Leningradi_Edasi_toimetus, lk 115
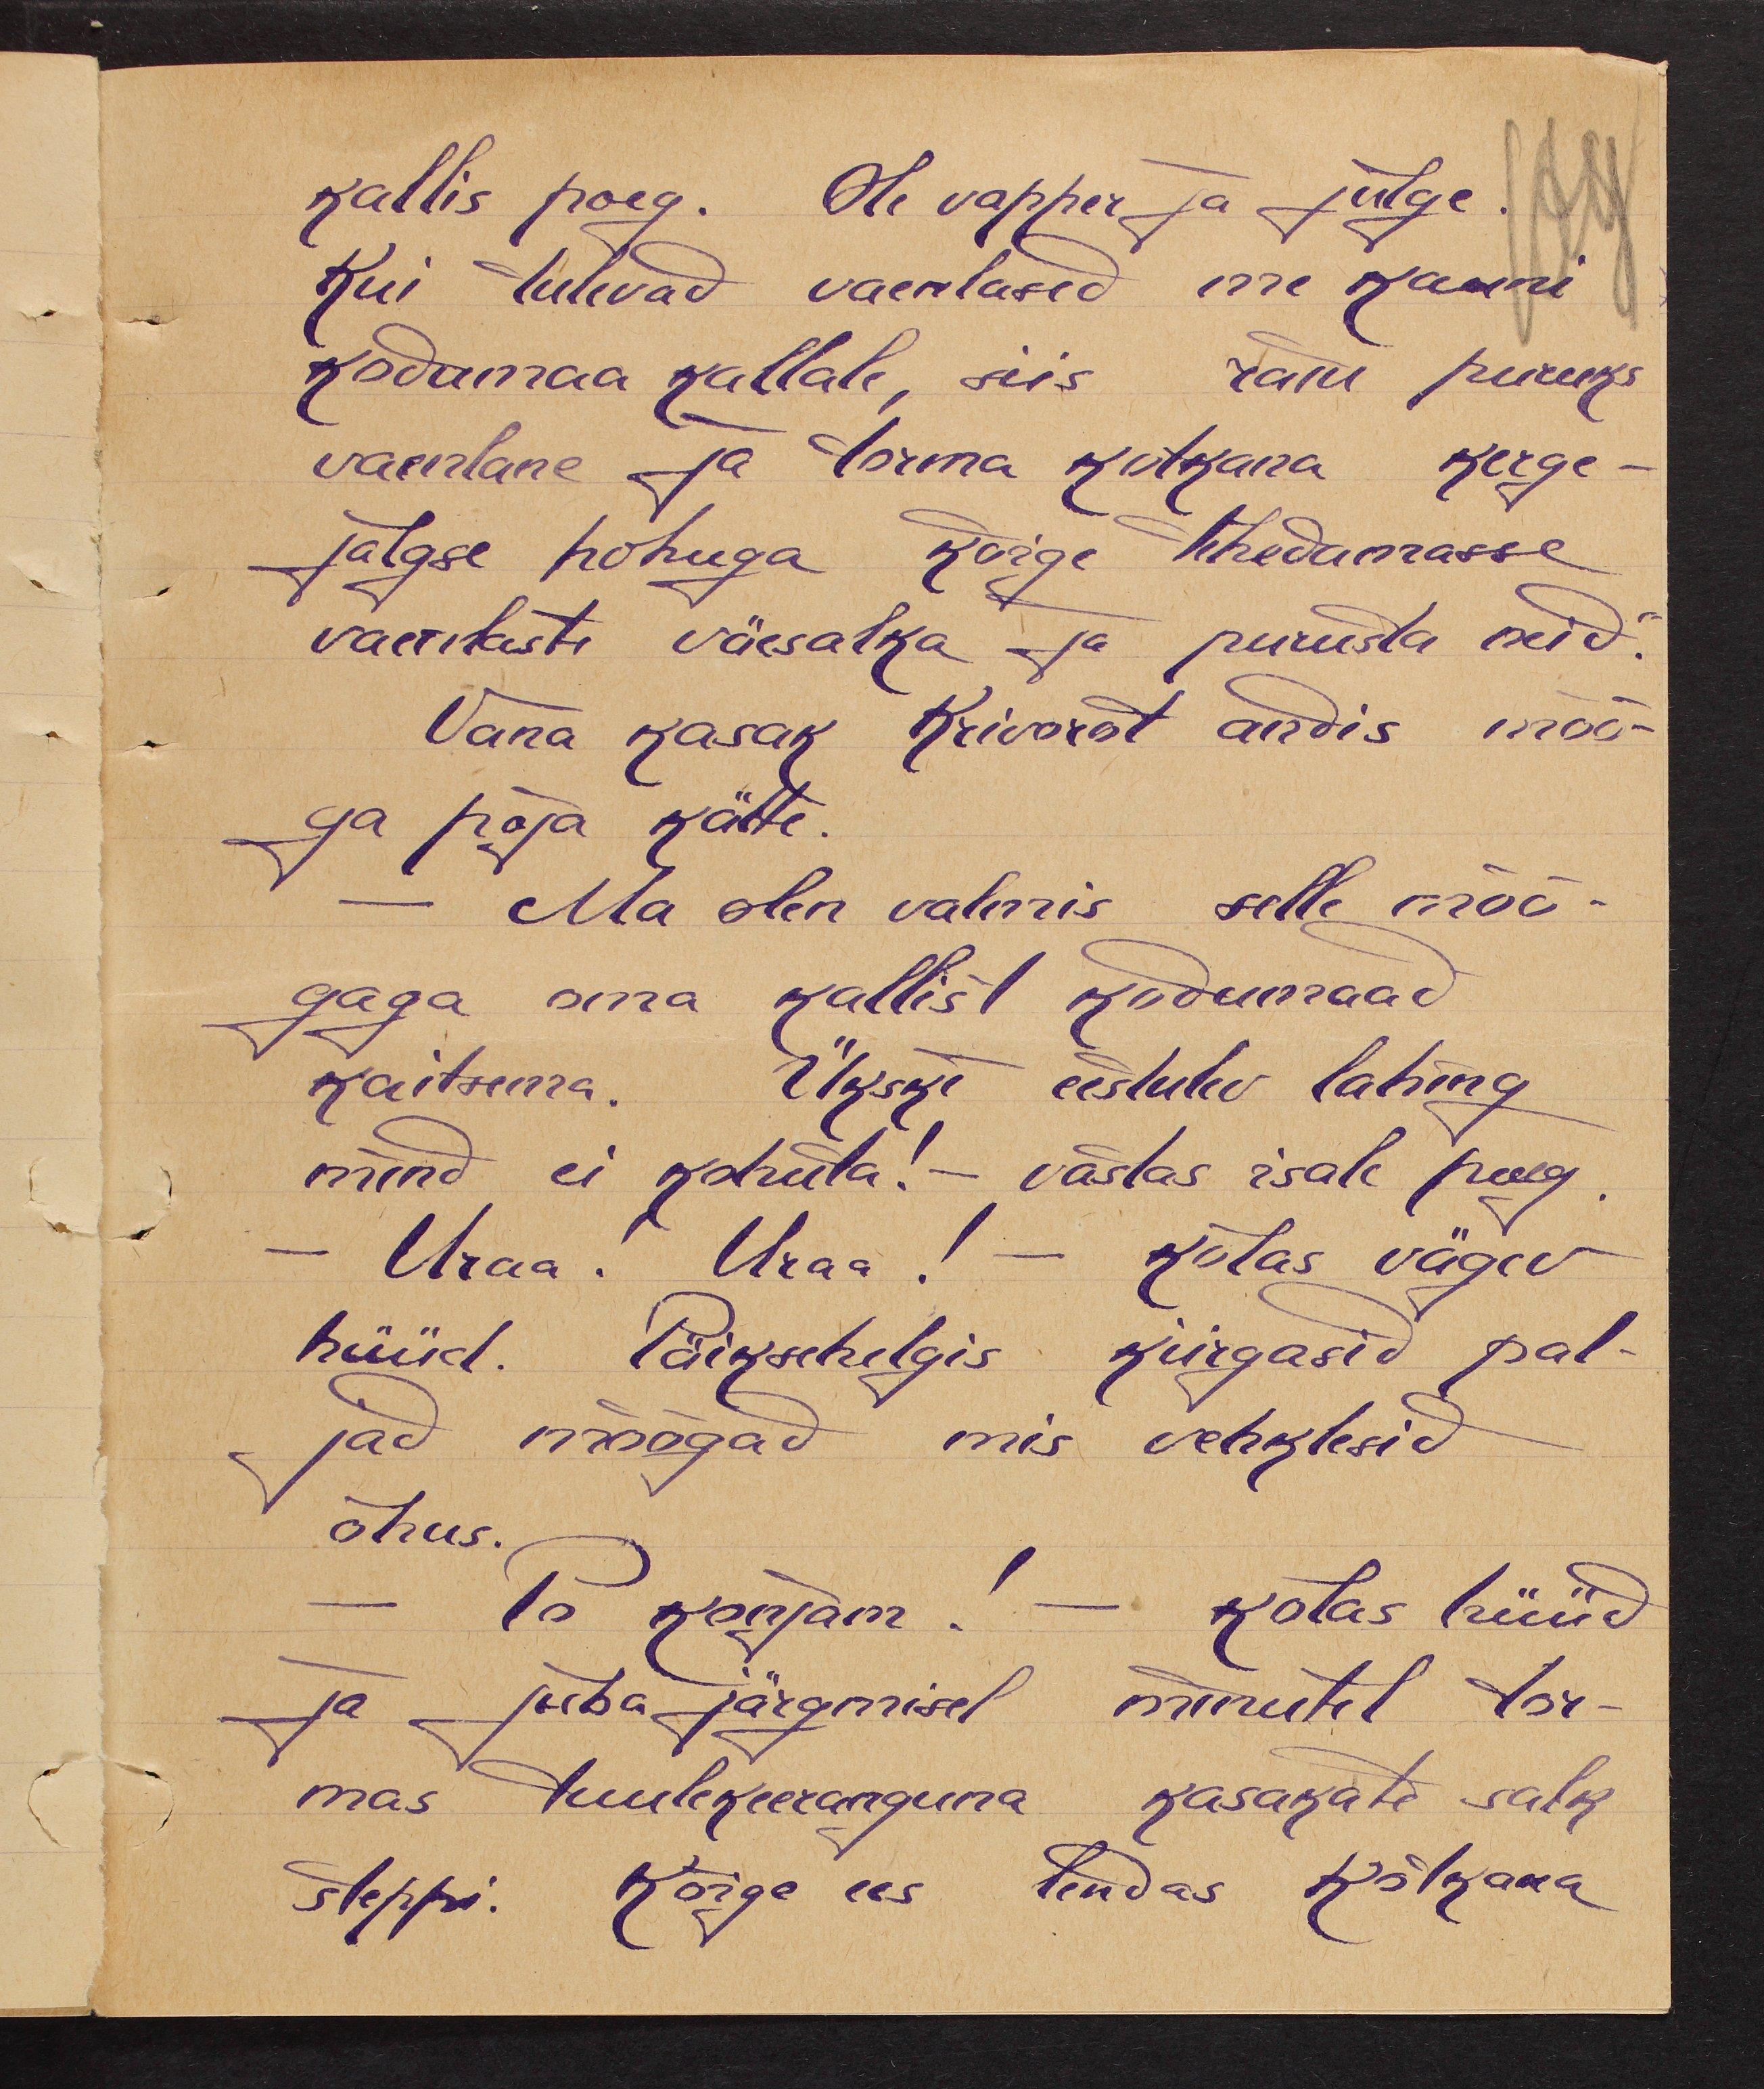
kallis poeg. Ole vapper ja julge.
Kui tulevad vaenlased me kauni
kodumaa kallale, siis raiu puruks
vaenlane ja torma kotkana kerge-
jalgse hobuga kõige tihedamasse
vaenlaste väesalka ja purusta neid.
Vana kasak Krivorot andis mõõ-
ga poja kätte.
Ma olen valmis selle mõõ-
gaga oma kallist kodumaad
kaitsema. Ükski eestulev lahing
mind ei kohuta. - vastas isale poeg
- Uraa! Uraa! - kõlas vägev
hüüd. Päiksehelgis kiirgasid pal-
jad mõõgad mis vehklesid
õhus.
- Po konjam! - kõlas hüüd
ja juba järgmisel minutil tor-
mas tuulekeeranguna kasakate salk
steppi. Kõige ees lendas kotkana